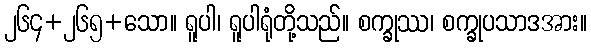
၂၆၄+၂၆၅+သော။ ရူပါ၊ ရူပါရုံတို့သည်။ စက္ခုဿ၊ စက္ခုပသာဒအား။